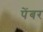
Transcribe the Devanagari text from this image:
पेंबर